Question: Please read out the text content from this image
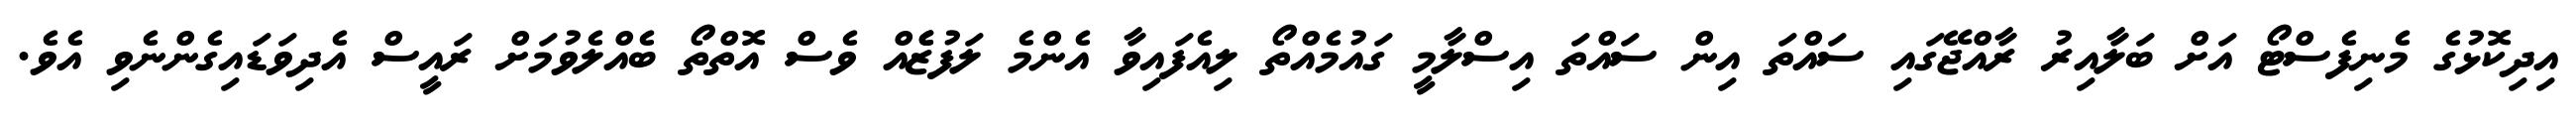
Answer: އިދިކޮޅުގެ މެނިފެސްޓޯ އަށް ބަލާއިރު ރާއްޖޭގައި ސައްތަ އިން ސައްތަ އިސްލާމީ ގައުމެއްތޯ ލިއެފައިވާ އެންމެ ލަފުޒެެއް ވެސް އޮތްތޯ ބެއްލެވުމަށް ރައީސް އެދިވަޑައިގެންނެވި އެވެ.